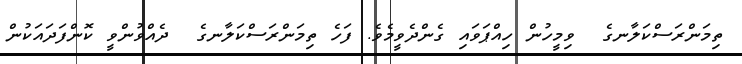
ތިމަންރަސްކަލާނގެ  ވިމީހުން ހިއްޕަވައި ގެންދެވީމެވެ. ފަހެ ތިމަންރަސްކަލާނގެ  ދެއްވުންވީ ކޮންފަދައަކުން